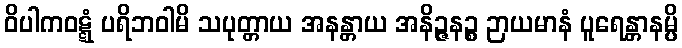
ဝိပါကဝဋ္ဋံ ပရိဘဝါမိ သပုတ္တာယ အနန္တာယ အနိဉ္ဇနဉ္စ ဉာယမာနံ ပူရေန္တာနမ္ပိ